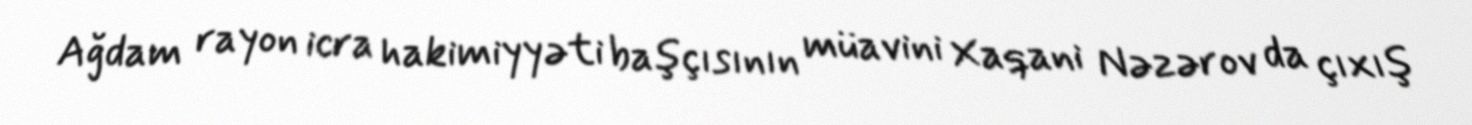
Ağdam rayon icra hakimiyyəti başçısının müavini Xaqani Nəzərov da çıxış